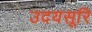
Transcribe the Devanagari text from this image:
उदयसूरि